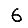
Digit: 6